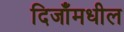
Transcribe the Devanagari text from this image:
दिजाँमधील